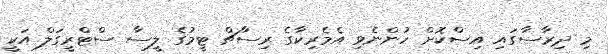
މި ދިރާސާގައި އިސްކޮށް ހުންނެވި އެމެރިކާގެ ރިސާޗް ޓީމުގެ ލީސާ ސްޓްރީގަލް އަކީ